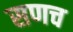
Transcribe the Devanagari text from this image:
सणच